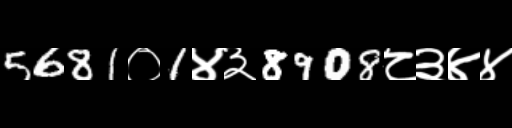
Text: 5681०1४३8908८३४४